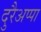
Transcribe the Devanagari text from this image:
दुरैअप्पा